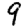
Digit: 9